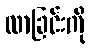
လာခြင်းကို